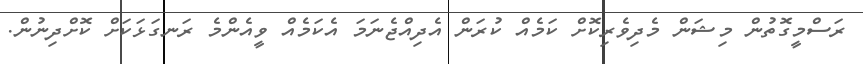
ރަސްމީގޮތުން މިޝަން މެދިވެރިކޮށް ކަމެއް ކުރަން އެދިއްޖެނަމަ އެކަމެއް ވީއެންމެ ރަނގަޅަކަށް ކޮށްދިނުން.